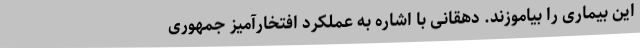
این بیماری را بیاموزند. دهقانی با اشاره به عملکرد افتخارآمیز جمهوری